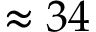
\approx 3 4